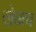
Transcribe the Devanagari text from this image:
खेळच